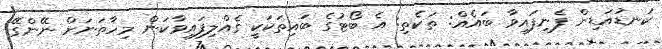
ކަނޑުއަޑިން ފެނިފައިވާ ބައެއް: ތަކެތި: އެ ބޯޓުގެ ބައިތަކަކީ ގެއްލިފައިވާކަން މިހާތަނަށް ނޭންގޭ